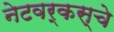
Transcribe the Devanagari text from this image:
नेटवर्कस्‌चे